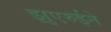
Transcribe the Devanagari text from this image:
झुएरुईने